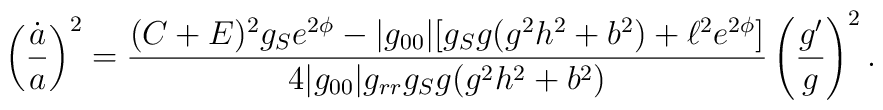
\left({{\dot{a}}\over a}\right)^2={{(C+E)^2g_Se^{2\phi}-|g_{00}|[g_Sg(g^2h^2+b^2)+\ell^2e^{2\phi}]}\over{4|g_{00}|g_{rr}g_Sg(g^2h^2+b^2)}}\left({{g^{\prime}}\over g}\right)^2.